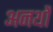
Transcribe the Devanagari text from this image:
अनर्थो